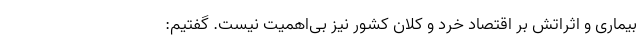
بیماری و اثراتش بر اقتصاد خرد و کلان کشور نیز بی‌اهمیت نیست. گفتیم: